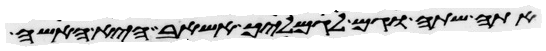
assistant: אתה שתה וגם לגמליך אשאב היא האשה